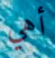
أهي